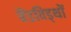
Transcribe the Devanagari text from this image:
बैंडविड्थों